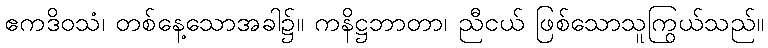
ဧကဒိဝသံ၊ တစ်နေ့သောအခါ၌။ ကနိဋ္ဌဘာတာ၊ ညီငယ် ဖြစ်သောသူကြွယ်သည်။